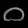
Digit: ၀